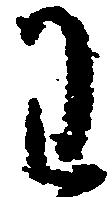
わ